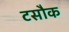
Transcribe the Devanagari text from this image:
टसौक